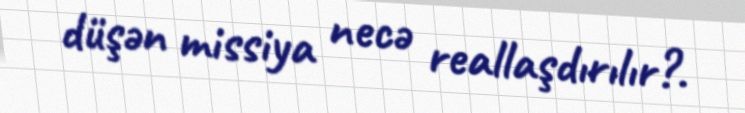
düşən missiya necə reallaşdırılır?.